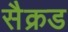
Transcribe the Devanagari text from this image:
सैक्रड